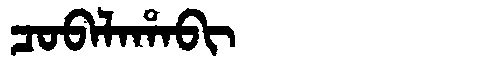
Manchu: ᠴᠣᠪᠠᠯᠠᡥᠠᠪᡳ
Romanization: COBALAHABI